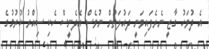
އެ ދުވަހު ގާޒީ ނެރެފައިވަނީ ދައުލަތުން ނުވެސް އެދެނީސް ހެކި ސިއްރު ކުރުމުގެ